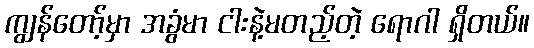
ကျွန်တော့်မှာ အခွံမာ ငါးနဲ့မတည့်တဲ့ ရောဂါ ရှိတယ်။